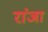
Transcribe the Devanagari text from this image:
रांजा